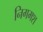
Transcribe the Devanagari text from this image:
निगमश